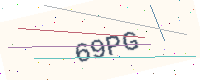
Text: 69PG